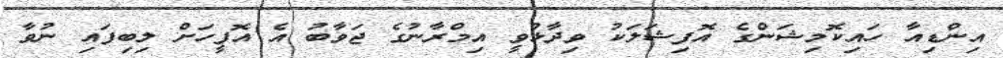
އިންޑިއާ ހައިކޮމިޝަންގެ އޮފިޝަލަކު ވިދާޅުވީ އިމްރާނުގެ ޖަވާބު އެ އޮފީހަށް ލިބިފައި ނުވާ